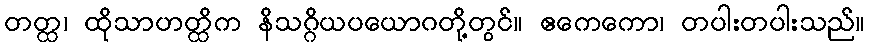
တတ္ထ၊ ထိုသာဟတ္ထိက နိသဂ္ဂိယပယောဂတို့တွင်။ ဧကေကော၊ တပါးတပါးသည်။